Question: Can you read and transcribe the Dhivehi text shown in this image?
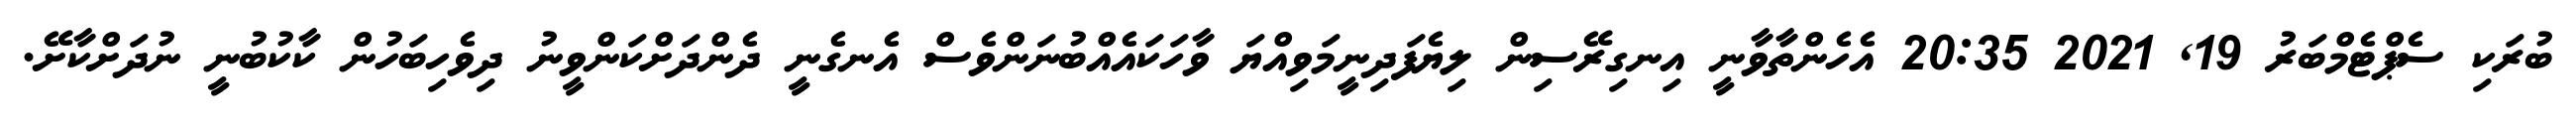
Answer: ބުރަކި ސެޕްޓެމްބަރު 19, 2021 20:35 އެހެންތާވާނީ އިނގިރޭސިން ލިޔެފަދިނީމަވިއްޔަ ވާހަކައެއްބުނަންވެސް އެނގެނީ ދެންދަށްކަންވީނު ދިވެހިބަހުން ކާކުބުނީ ނުދަށްކާށޭ.